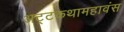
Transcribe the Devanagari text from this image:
अट्टकथामहावंस